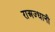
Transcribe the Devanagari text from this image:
राअज्धानी